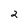
Character: 2